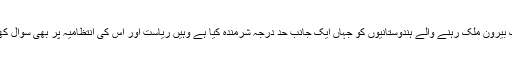
واقعہ نے ملک بیرون ملک رہنے والے ہندوستانیوں کو جہاں ایک جانب حد درجہ شرمندہ کیا ہے وہیں ریاست اور اس کی انتظامیہ پر بھی سوال کھڑے کیے ہیں۔